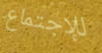
للإجتماع